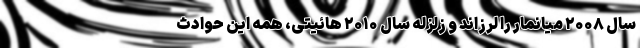
سال ۲۰۰۸ میانمار را لرزاند و زلزله سال ۲۰۱۰ هائیتی، همه این حوادث